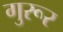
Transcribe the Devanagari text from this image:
गुरूर